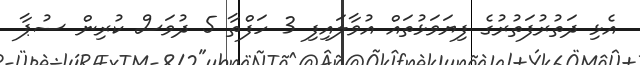
އެޅި ދަތުރުފަތުރުގެ ފިޔަވަޅުތައް އުވާލައިފި 3 ހަފްތާ 5 ދުވަސް ކުރިން ސުޕާ